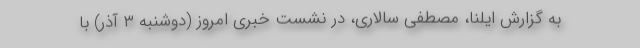
به گزارش ایلنا، مصطفی سالاری، در نشست خبری امروز (دوشنبه ۳ آذر) با